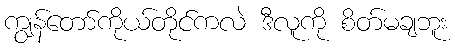
ကျွန်တော်ကိုယ်တိုင်ကလဲ ဒီလူကို စိတ်မချဘူး